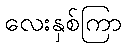
လေးနှစ်ကြာ